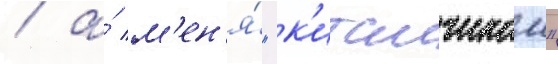
/ а́ м'ен'я́ "к'итаичиком"